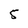
Character: 5